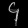
Digit: ၄